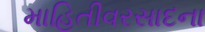
માહિતીવરસાદના